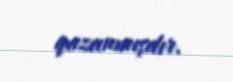
qazanmışdır.